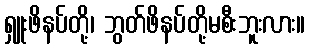
ရှူးဖိနပ်တို့၊ ဘွတ်ဖိနပ်တို့မစီးဘူးလား။